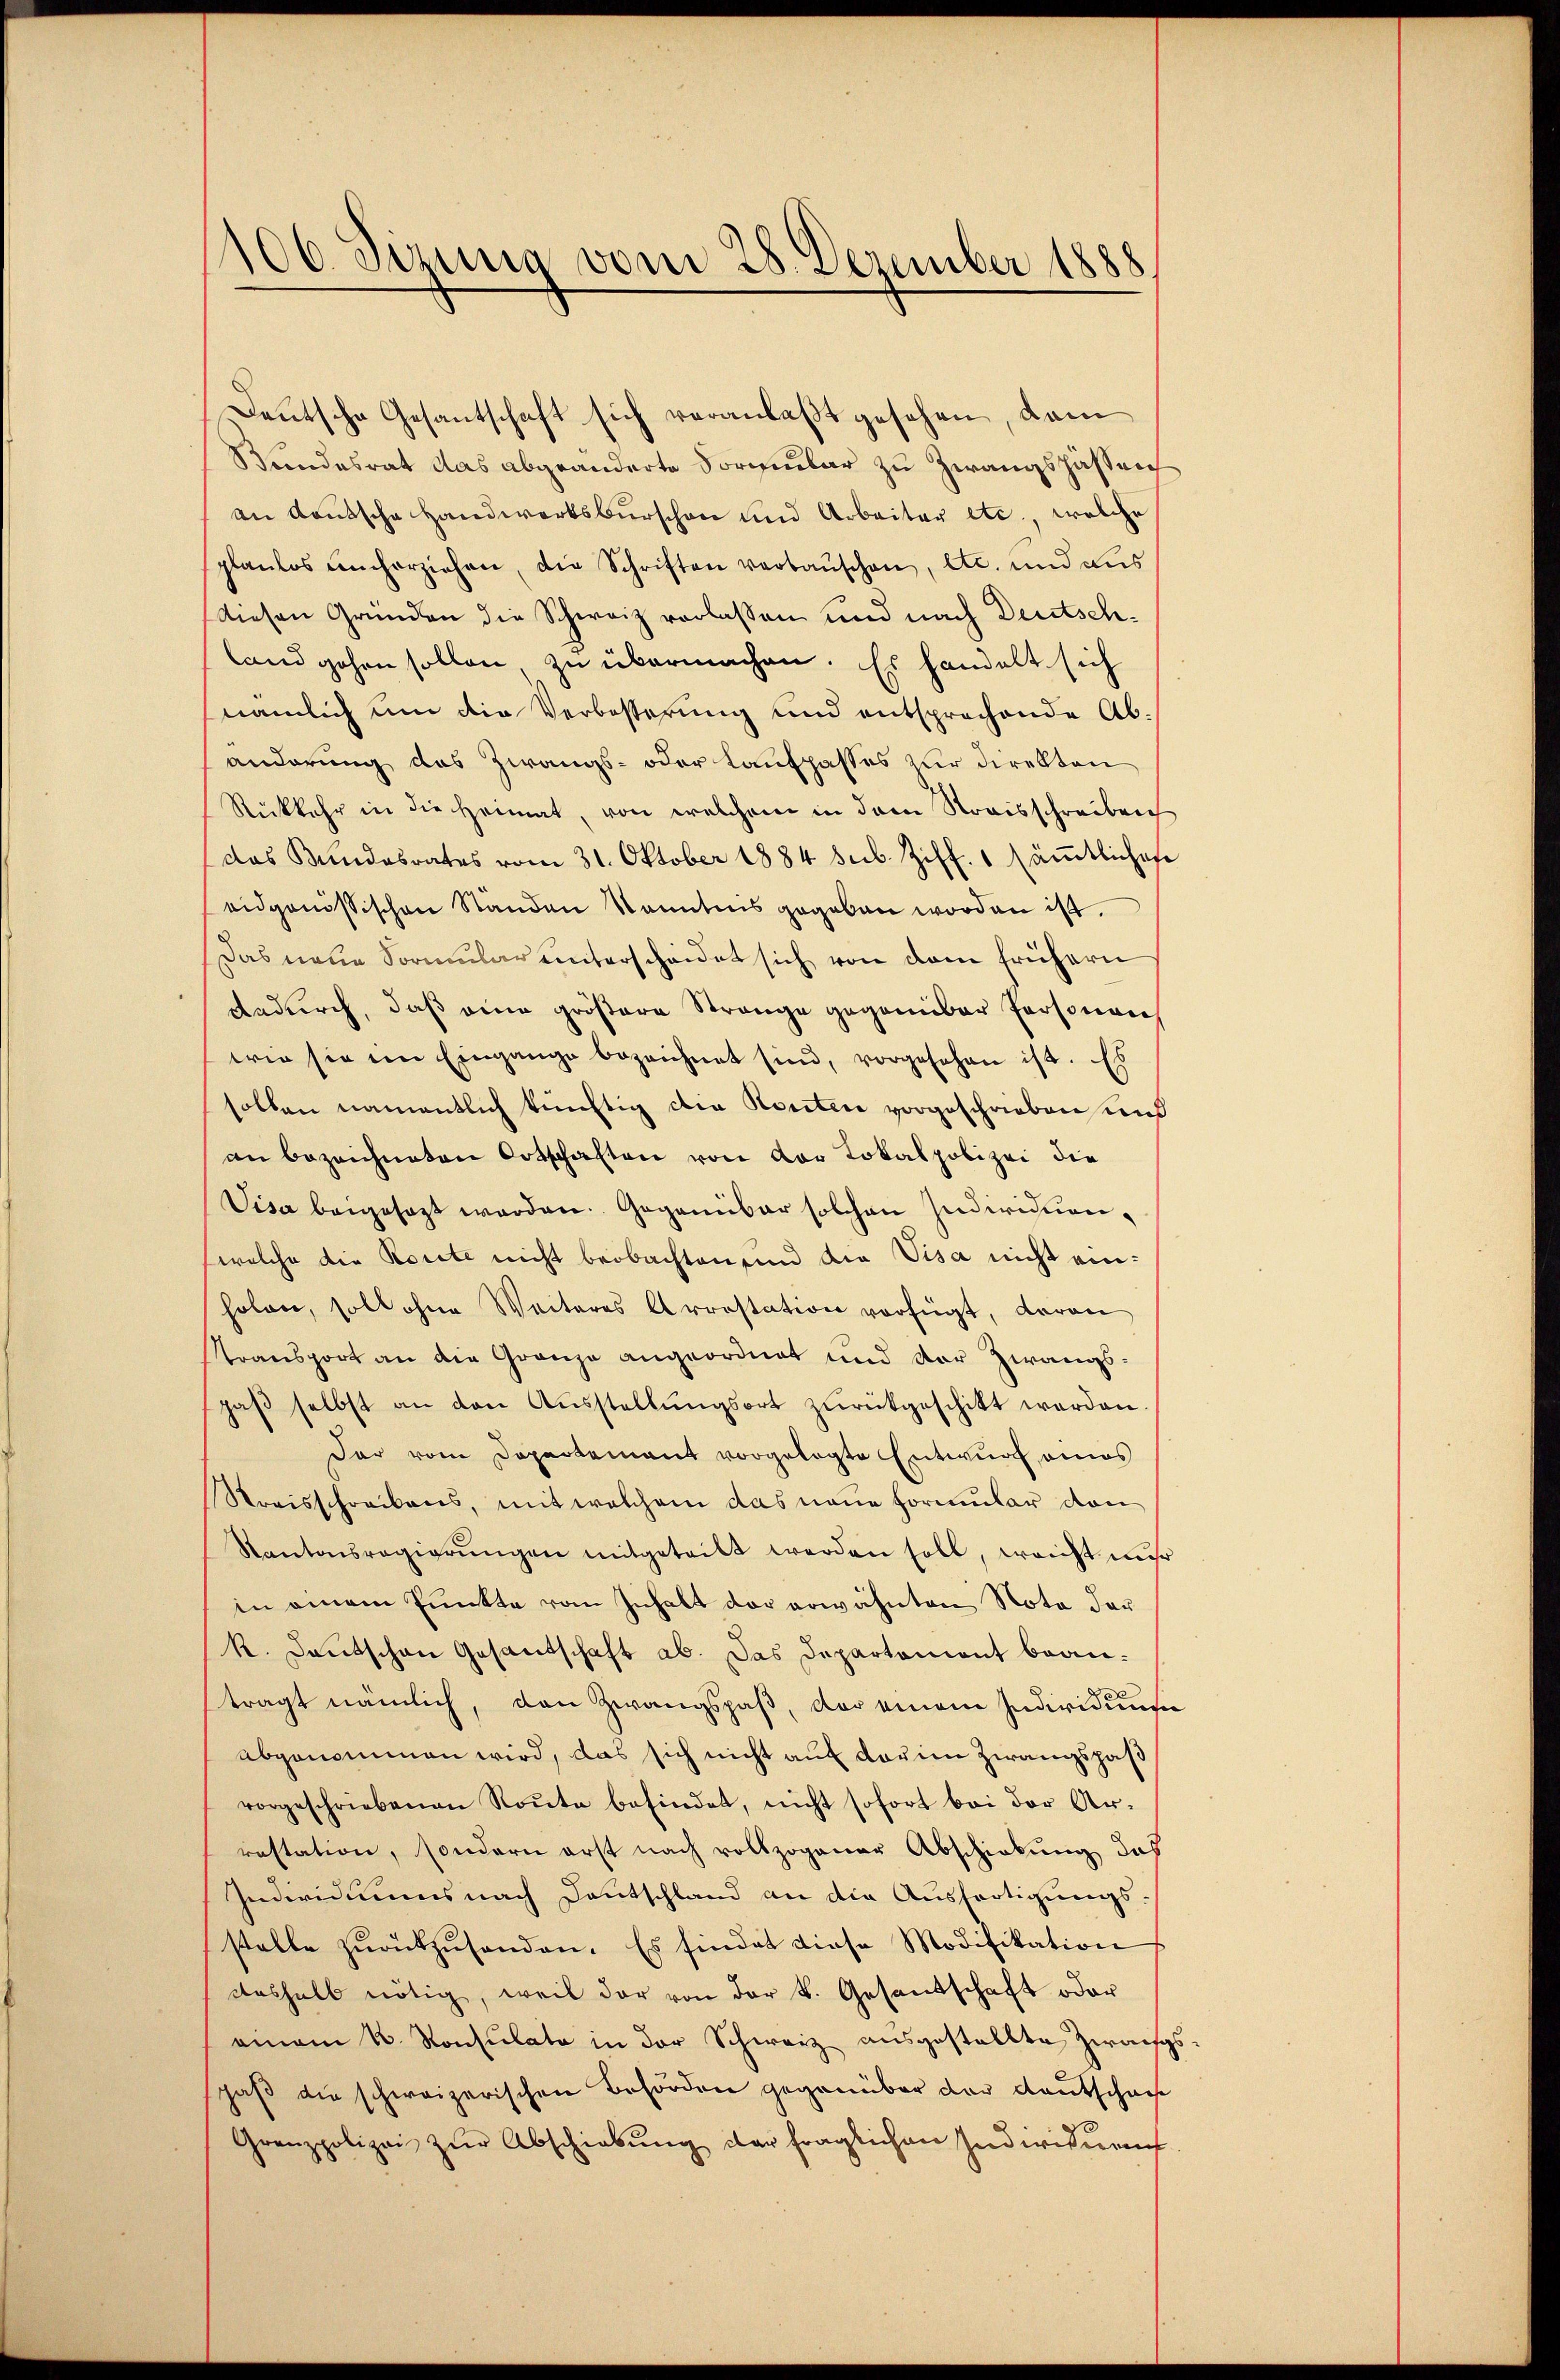
Deutsche Gesantschaft sich veranlaßt gesehen, dem
Bundesrat das abgeänderte Formenbar zu Zwangshassen
an deutsche Handwerksburschen und Arbeiter etc., welche
planlos umherziehen, die Schriften verbaŭschen, etc. und aus
diesen Gründen die Schweiz verlassen und nach Deutschland gehen sollen zu übermachen. Es handelt sich
nämlich um die Verbesserung und entsprechende Ab-
anderung das Zwangs- oder Lauffasses zur Direkten
Rückkehr in die Heimat, von welchem in dem Streisschreiben
das Bundesrates vom 31. Oktober 1884 sub. Ziff. 1 sämmtliches
eidgenössischen Standen kanntens gegeben worden ist.
Das neue Sormular unterscheidet sich von dem frühern
dadurch, daß eine größere Strange gegenüber Personach
wie sie im Eingange bezeichnet sind, vorgesehen ist. Es
sollen namentlich künftig die Konten vorgeschrieben und
an bezeichneten Ortschaften von der Lokalpolizei die
Visa beigesagt werden. Gegenüber solchen Individuanwelche die Korite nicht beobachten und die Visa nicht einholen, soll ohne Weiteres Arrestation verfügt, daran
Stransport an die Granze angeordnet und der Zwangsgaβ selbst an den Ausstellungsort zurückgeschitt werden
Der von Departement vorgelegte Entwurf eines
Kreisschreibens, mit welchem das neue Formular von
Kantonsregierŭngen mitgeteilt werden soll, weicht mehr
in einem Punkte vom Inhalt der erwähnten Nota der
k. Deutschen Gesantschaft ab. Das Departoniant beanträgt nämlich, den Zwangspaß, der einem Individunge
abgenommen wird, das sich nicht auf der im Zwangspaß
vorgeschriebenen Roŭte befindet, nicht sofort bei der Ar-
restation, sondern erst nach vollzogener Abschickung das
Individuums nach Deutschland an die Ausfertigungsstelle zŭrückzŭsenden. Es findet diese Modifikation
deshalb nötig, weil der von der k. Gesandschaft oder
einem k. Konsulate in der Schweiz ausgestellte Zwaifg
paβ die schweizerischen Behörden gegenüber der Deutschaue
Granzpolizei zŭr Abschiebŭng der fraglichen Individuen

106. Sizung vom 28. Dezember 1888.